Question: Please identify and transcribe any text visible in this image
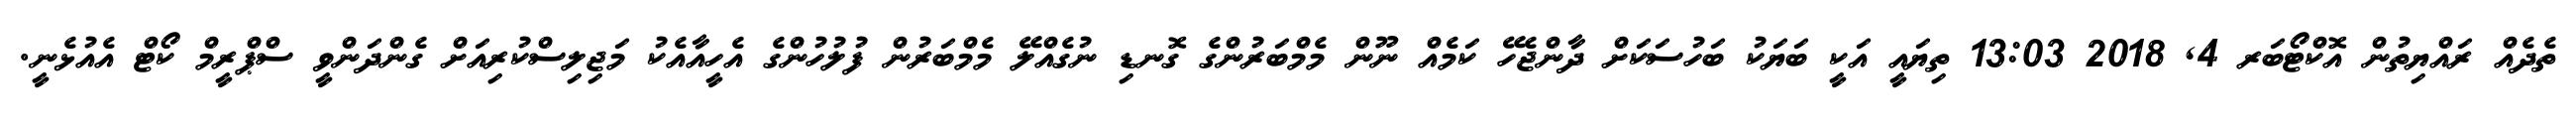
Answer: ތެދެއް ރައްޔިތުން އޮކްޓޯބަރ 4, 2018 13:03 ތިޔައީ އަކީ ބަޔަކު ބަހުސަކަށް ދާންޖެހޭ ކަމެއް ނޫން މެމްބަރުންގެ ގޮނޑި ނުގެއްލޭ މެމްބަރުން ފުލުހުންގެ އެހީއާއެކު މަޖިލިސްކުރިއަށް ގެންދަންވީ ސްޕްރީމް ކޯޓް އެއުޅެނީ.